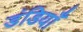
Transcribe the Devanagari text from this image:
डंडियाँ